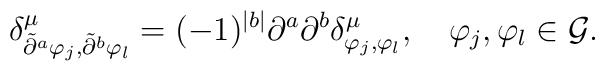
\delta^\mu_{\tilde\partial^a\varphi_j,\tilde\partial^b\varphi_l}=(-1)^{|b|}\partial^a\partial^b \delta^\mu_{\varphi_j,\varphi_l},\quad\varphi_j,\varphi_l\in {\cal G}.